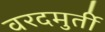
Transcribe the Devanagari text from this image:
वरदमुर्ती